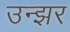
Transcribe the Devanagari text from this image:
उन्झर